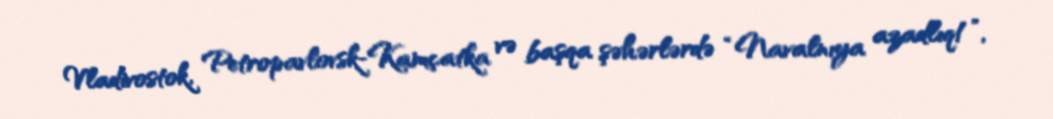
Vladivostok, Petropavlovsk-Kamçatka və başqa şəhərlərdə “Navalnıya azadlıq!”,